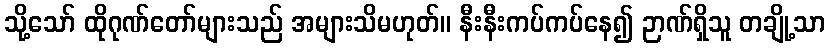
သို့သော် ထိုဂုဏ်တော်များသည် အများသိမဟုတ်။ နီးနီးကပ်ကပ်နေ၍ ဉာဏ်ရှိသူ တချို့သာ